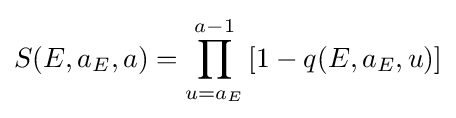
S(E,a_{E},a)=\prod _{u=a_{E}}^{a-1}\left[1-q(E,a_{E},u)\right]